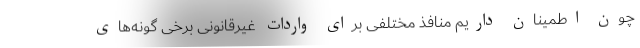
چون اطمینان داریم منافذ مختلفی برای واردات غیرقانونی برخی گونه‌های